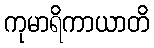
ကုမာရိကာယာတိ